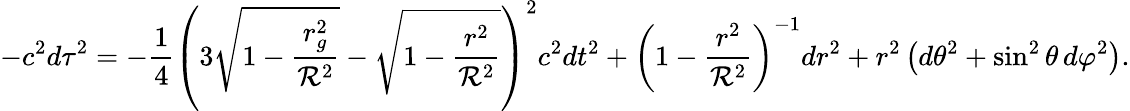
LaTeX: -c^{2}{d\tau}^{2}=-{\frac{1}{4}}\left(3{\sqrt{1-{\frac{r_{g}^{2}}{{\mathcal{R}}^{2}}}}}-{\sqrt{1-{\frac{r^{2}}{{\mathcal{R}}^{2}}}}}\right)^{2}c^{2}dt^{2}+\left(1-{\frac{r^{2}}{{\mathcal{R}}^{2}}}\right)^{-1}dr^{2}+r^{2}\left(d\theta^{2}+\sin^{2}\theta\, d\varphi^{2}\right).